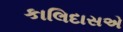
કાલિદાસએ